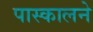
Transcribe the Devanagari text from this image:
पास्कालने